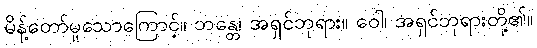
မိန့်တော်မူသောကြောင့်။ ဘန္တေ၊ အရှင်ဘုရား။ ဝေါ၊ အရှင်ဘုရားတို့၏။